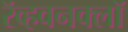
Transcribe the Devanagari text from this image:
रॅव्हवनक्लॉ